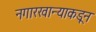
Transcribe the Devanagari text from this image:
नगारखान्याकडून